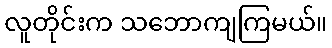
လူတိုင်းက သဘောကျကြမယ်။